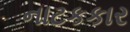
નાટકકાર